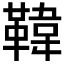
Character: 𩋾